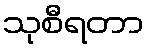
သုစီရတာ